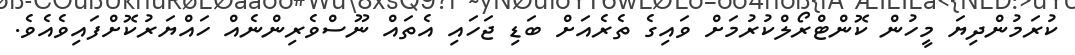
ކުރަމުންދިޔަ މީހުން ކޮންޓްރޯލްކުރުމަށް ވައިގެ ތެރެއަށް ބަޑި ޖަހައި އެތައް ނޫސްވެރިންނެއް ހައްޔަރުކޮށްފައިވެއެވެ.